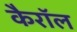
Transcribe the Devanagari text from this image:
कैराॅल